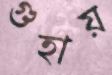
গুহায়